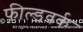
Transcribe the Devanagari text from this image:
फील्डवर्क